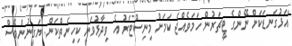
"އަޅުގަނޑަކަށް ނޭންގެ ޓީޗަރުން ހަމަވެއްޖެ ކަމަށް މިނިސްޓަރު އެ ވިދާޅުވަނީ ކިހިނެތްކަން. ޔަގީނުންވެސް